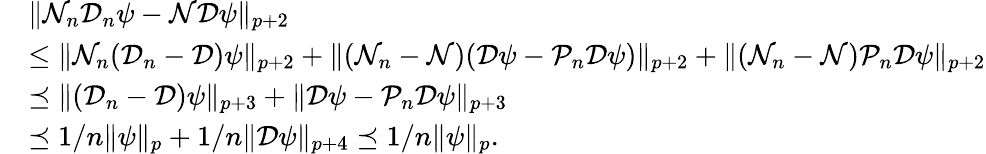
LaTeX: \begin{array}{rl}&{\| \mathcal{N}_{n}\mathcal{D}_{n}\psi-\mathcal{N}\mathcal{D}\psi\| _{p+2}}\\ &{\leq\| \mathcal{N}_{n}(\mathcal{D}_{n}-\mathcal{D})\psi\| _{p+2}+\| (\mathcal{N}_{n}-\mathcal{N})(\mathcal{D}\psi-\mathcal{P}_{n}\mathcal{D}\psi)\| _{p+2}+\| (\mathcal{N}_{n}-\mathcal{N})\mathcal{P}_{n}\mathcal{D}\psi\| _{p+2}}\\ &{\preceq\| (\mathcal{D}_{n}-\mathcal{D})\psi\| _{p+3}+\| \mathcal{D}\psi-\mathcal{P}_{n}\mathcal{D}\psi\| _{p+3}}\\ &{\preceq 1/n\| \psi\| _{p}+1/n\| \mathcal{D}\psi\| _{p+4}\preceq 1/n\| \psi\| _{p}.}\end{array}